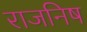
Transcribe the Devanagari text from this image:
राजनिष